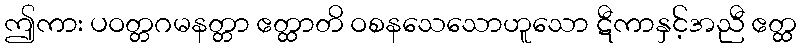
ဤကား ပဝတ္တဂမနတ္တာ ဧတ္ထာတိ ဝစနသေသောဟူသော ဋီကာနှင့်အညီ ဧတ္ထ